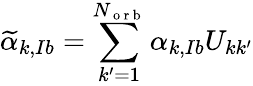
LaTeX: \widetilde{\alpha}_{k,Ib}=\sum_{k^{\prime}=1}^{N_{\mathrm{~o~r~b~}}}\alpha_{k,Ib}U_{kk^{\prime}}